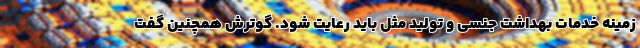
زمینه خدمات بهداشت جنسی و تولید مثل باید رعایت شود. گوترش همچنین گفت